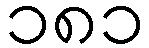
၁၈၁